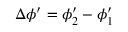
\Delta \phi ^ { \prime } = \phi _ { 2 } ^ { \prime } - \phi _ { 1 } ^ { \prime }